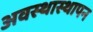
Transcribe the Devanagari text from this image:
अवस्थास्थापन